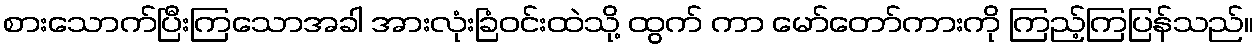
စားသောက်ပြီးကြသောအခါ အားလုံးခြံဝင်းထဲသို့ ထွက် ကာ မော်တော်ကားကို ကြည့်ကြပြန်သည်။